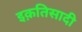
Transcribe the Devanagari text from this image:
इक़तिसादी